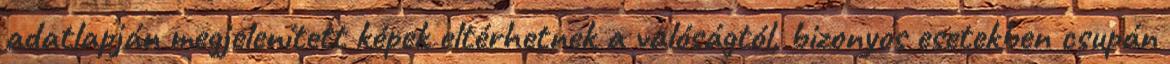
adatlapján megjelenített képek eltérhetnek a valóságtól, bizonyos esetekben csupán